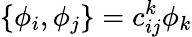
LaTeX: \{ \phi_{i},\phi_{j}\} =c_{ij}^{k}\phi_{k}